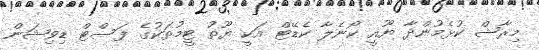
މިރާޝް ކުޅެމުންދާ ޔޫއީ ކޯނެލާ ކެޑޭޓް އަކީ ޔޫތު ޓީމުތަކުގެ ފަސްޓް ޑިވިޝަން